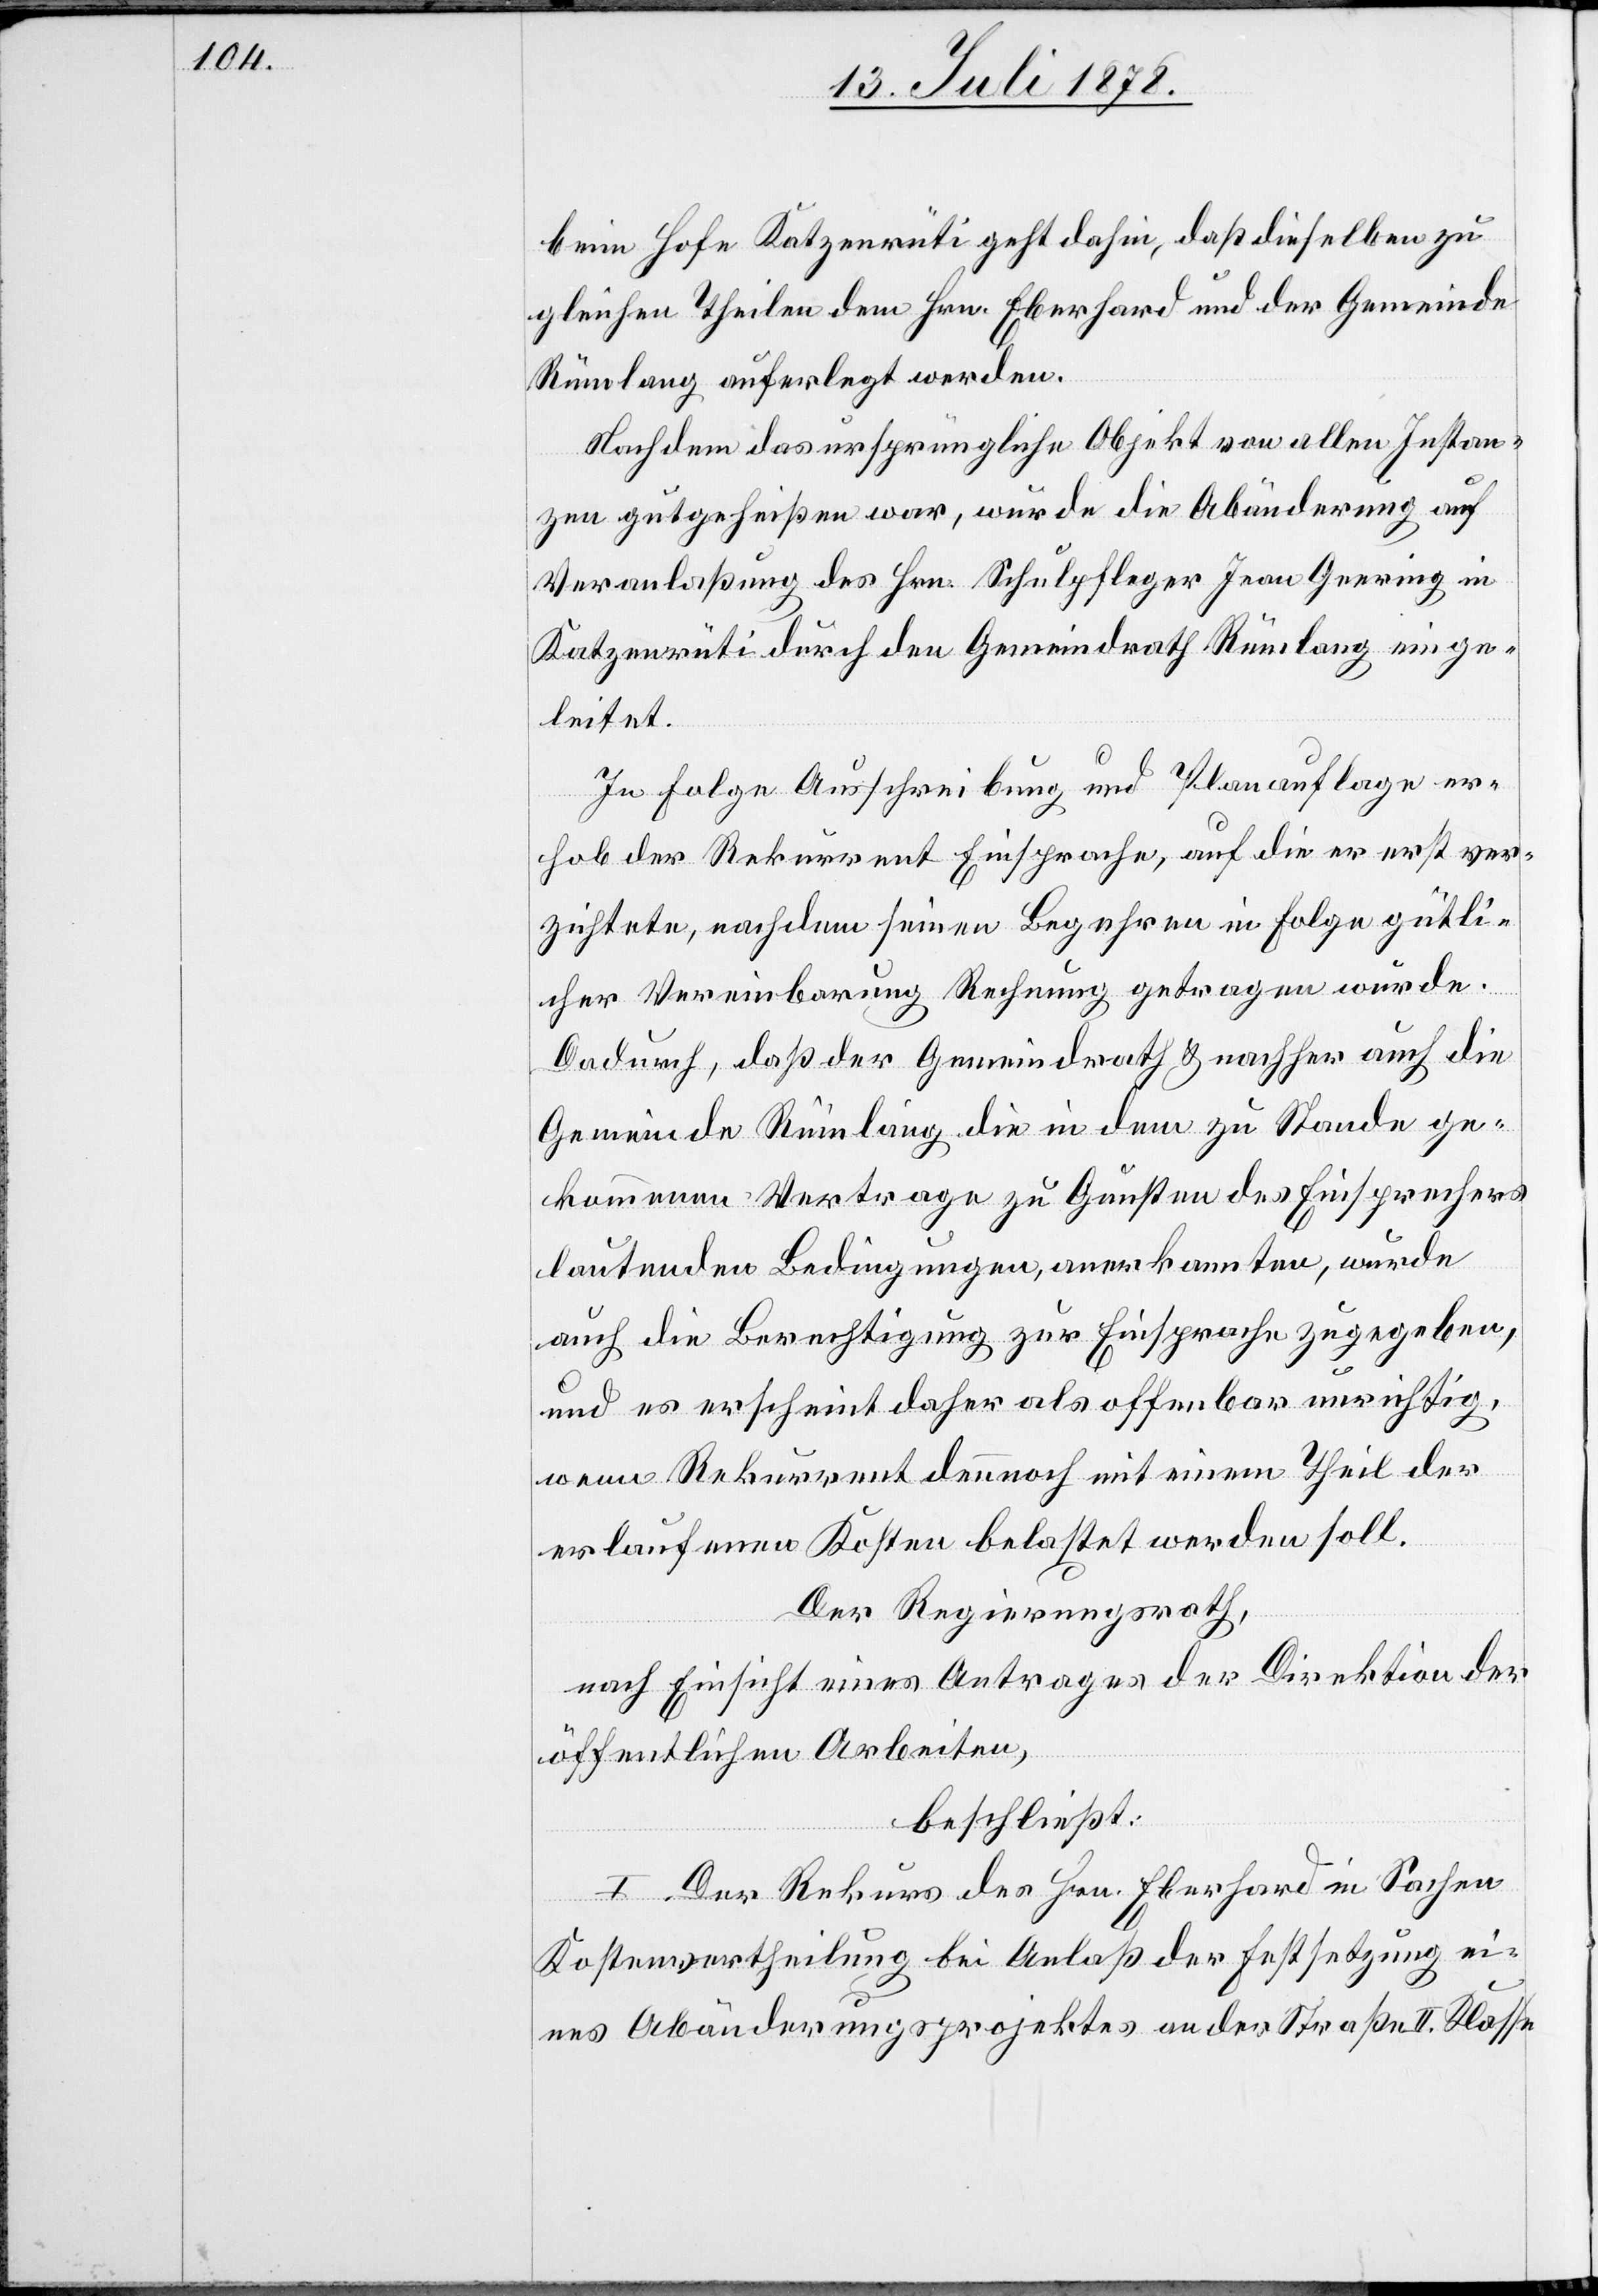
beim Hofe Katzenrüti geht dahin, daß dieselben zu
gleichen Theilen dem Hrn. Eberhard und der Gemeine
Rümlang auferlegt werden.
Nachdem das ursprüngliche Objekt von allen Instan¬
zen gutgeheißen war, wurde die Abänderung auf
Veranlaßung des Hrn. Schulpfleger Jean Geering in
Katzenrüti durch den Gemeindrath Rümlang einge¬
leitet.
In Folge Ausschreibung und Planauflage er¬
hob der Rekurrent Einsprache, auf die er erst ver¬
zichtete, nachdem seinen Begehren in Folge gütli¬
cher Vereinbarung Rechnung getragen wurde.
Dadurch, daß der Gemeindrath & nachher auch die
Gemeinde Rümlang die in dem zu Stande ge¬
kommenen Vertrage zu Gunsten des Einsprechers
lautenden Bedingungen, anerkannten, wurde
auch die Berechtigung zur Einsprache zugegeben,
und es erscheint daher als offenbar unrichtig,
wenn Rekurrent dennoch mit einem Theil der
erlaufenen Kosten belastet werden soll.
Der Regierungsrath,
nach Einsicht eines Antrages der Direktion der
öffentlichen Arbeiten,
beschließt:
I. Der Rekurs des Hrn. Eberhard in Sachen
Kostenvertheilung bei Anlaß der Festsetzung ei¬
nes Abänderungsprojektes an der Straße II. Klasse